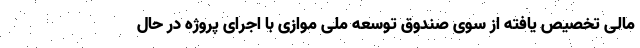
مالی تخصیص یافته از سوی صندوق توسعه ملی موازی با اجرای پروژه در حال